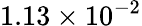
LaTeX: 1.13\times 10^{-2}